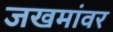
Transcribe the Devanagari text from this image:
जखमांवर